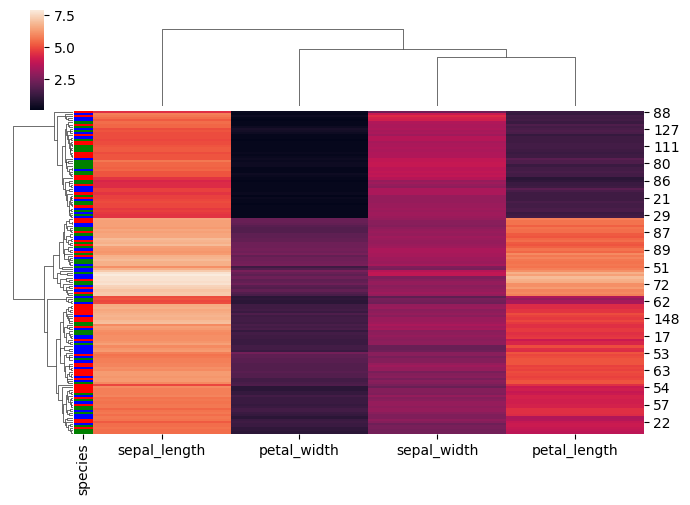
python, seaborn, clustermap, figsize=(7, 5), row_cluster=True, dendrogram_ratio=(0.1, 0.2), cbar_pos=(0.05, 0.8, 0.02, 0.2)